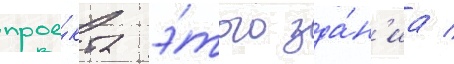
прое́кта э́того зда́н'иа /